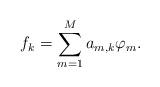
LaTeX: \begin{align*} f_{k}=\sum_{m=1}^{M}a_{m, k}\varphi_{m}.\end{align*}